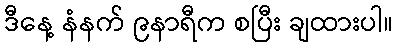
ဒီနေ့ နံနက် ၉နာရီက စပြီး ချထားပါ။